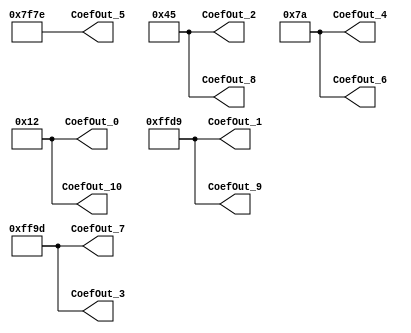
// -------------------------------------------------------------
// 
// 
// Generated by MATLAB 9.13 and HDL Coder 4.0
// 
// -------------------------------------------------------------


// -------------------------------------------------------------
// 
// Module: whdlOFDMTx_FilterCoef
// Source Path: whdlOFDMTx/Discrete FIR Filter/Filter/FilterCoef
// Hierarchy Level: 5
// 
// -------------------------------------------------------------

`timescale 1 ns / 1 ns

module whdlOFDMTx_FilterCoef
          (CoefOut_0,
           CoefOut_1,
           CoefOut_2,
           CoefOut_3,
           CoefOut_4,
           CoefOut_5,
           CoefOut_6,
           CoefOut_7,
           CoefOut_8,
           CoefOut_9,
           CoefOut_10);


  output  signed [15:0] CoefOut_0;  // sfix16_En15
  output  signed [15:0] CoefOut_1;  // sfix16_En15
  output  signed [15:0] CoefOut_2;  // sfix16_En15
  output  signed [15:0] CoefOut_3;  // sfix16_En15
  output  signed [15:0] CoefOut_4;  // sfix16_En15
  output  signed [15:0] CoefOut_5;  // sfix16_En15
  output  signed [15:0] CoefOut_6;  // sfix16_En15
  output  signed [15:0] CoefOut_7;  // sfix16_En15
  output  signed [15:0] CoefOut_8;  // sfix16_En15
  output  signed [15:0] CoefOut_9;  // sfix16_En15
  output  signed [15:0] CoefOut_10;  // sfix16_En15


  wire signed [15:0] CoefData;  // sfix16_En15
  wire signed [15:0] CoefData_1;  // sfix16_En15
  wire signed [15:0] CoefData_2;  // sfix16_En15
  wire signed [15:0] CoefData_3;  // sfix16_En15
  wire signed [15:0] CoefData_4;  // sfix16_En15
  wire signed [15:0] CoefData_5;  // sfix16_En15
  wire signed [15:0] CoefData_6;  // sfix16_En15
  wire signed [15:0] CoefData_7;  // sfix16_En15
  wire signed [15:0] CoefData_8;  // sfix16_En15
  wire signed [15:0] CoefData_9;  // sfix16_En15
  wire signed [15:0] CoefData_10;  // sfix16_En15


  // CoefReg_1
  assign CoefData = 16'sb0000000000010010;



  assign CoefOut_0 = CoefData;

  // CoefReg_2
  assign CoefData_1 = 16'sb1111111111011001;



  assign CoefOut_1 = CoefData_1;

  // CoefReg_3
  assign CoefData_2 = 16'sb0000000001000101;



  assign CoefOut_2 = CoefData_2;

  // CoefReg_4
  assign CoefData_3 = 16'sb1111111110011101;



  assign CoefOut_3 = CoefData_3;

  // CoefReg_5
  assign CoefData_4 = 16'sb0000000001111010;



  assign CoefOut_4 = CoefData_4;

  // CoefReg_6
  assign CoefData_5 = 16'sb0111111101111110;



  assign CoefOut_5 = CoefData_5;

  // CoefReg_7
  assign CoefData_6 = 16'sb0000000001111010;



  assign CoefOut_6 = CoefData_6;

  // CoefReg_8
  assign CoefData_7 = 16'sb1111111110011101;



  assign CoefOut_7 = CoefData_7;

  // CoefReg_9
  assign CoefData_8 = 16'sb0000000001000101;



  assign CoefOut_8 = CoefData_8;

  // CoefReg_10
  assign CoefData_9 = 16'sb1111111111011001;



  assign CoefOut_9 = CoefData_9;

  // CoefReg_11
  assign CoefData_10 = 16'sb0000000000010010;



  assign CoefOut_10 = CoefData_10;

endmodule  // whdlOFDMTx_FilterCoef